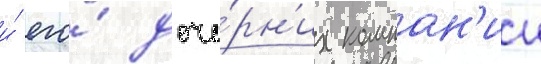
и́ его́ доче́рн'их компан'ии